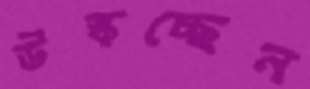
উস্‌কচ্ছেন